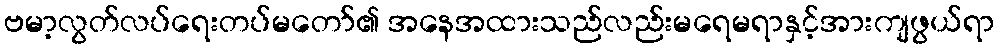
ဗမာ့လွတ်လပ်ရေးတပ်မတော်၏ အနေအထားသည်လည်းမရေမရာနှင့်အားကျဖွယ်ရာ